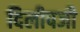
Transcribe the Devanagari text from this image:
दिलीपजी